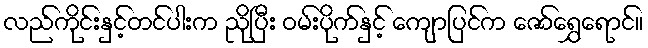
လည်ကိုင်းနှင့်တင်ပါးက ညိုပြီး ဝမ်းပိုက်နှင့် ကျောပြင်က ဇော်ရွှေရောင်။